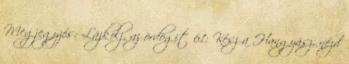
Megjegyzés: Lájkolj, az ördögit 61: Kész a Hangyász, nézd